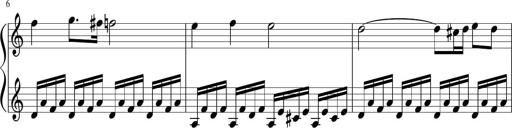
Title: Sonatina di Santa Gemma, JKB 12
Composer: Jason Baruk
Key: F major